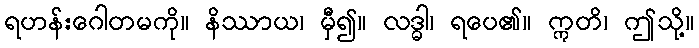
ရဟန်းဂေါတမကို။ နိဿာယ၊ မှီ၍။ လဒ္ဓါ၊ ရပေ၏။ ဣတိ၊ ဤသို့။